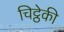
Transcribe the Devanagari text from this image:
चिट्ठेकी